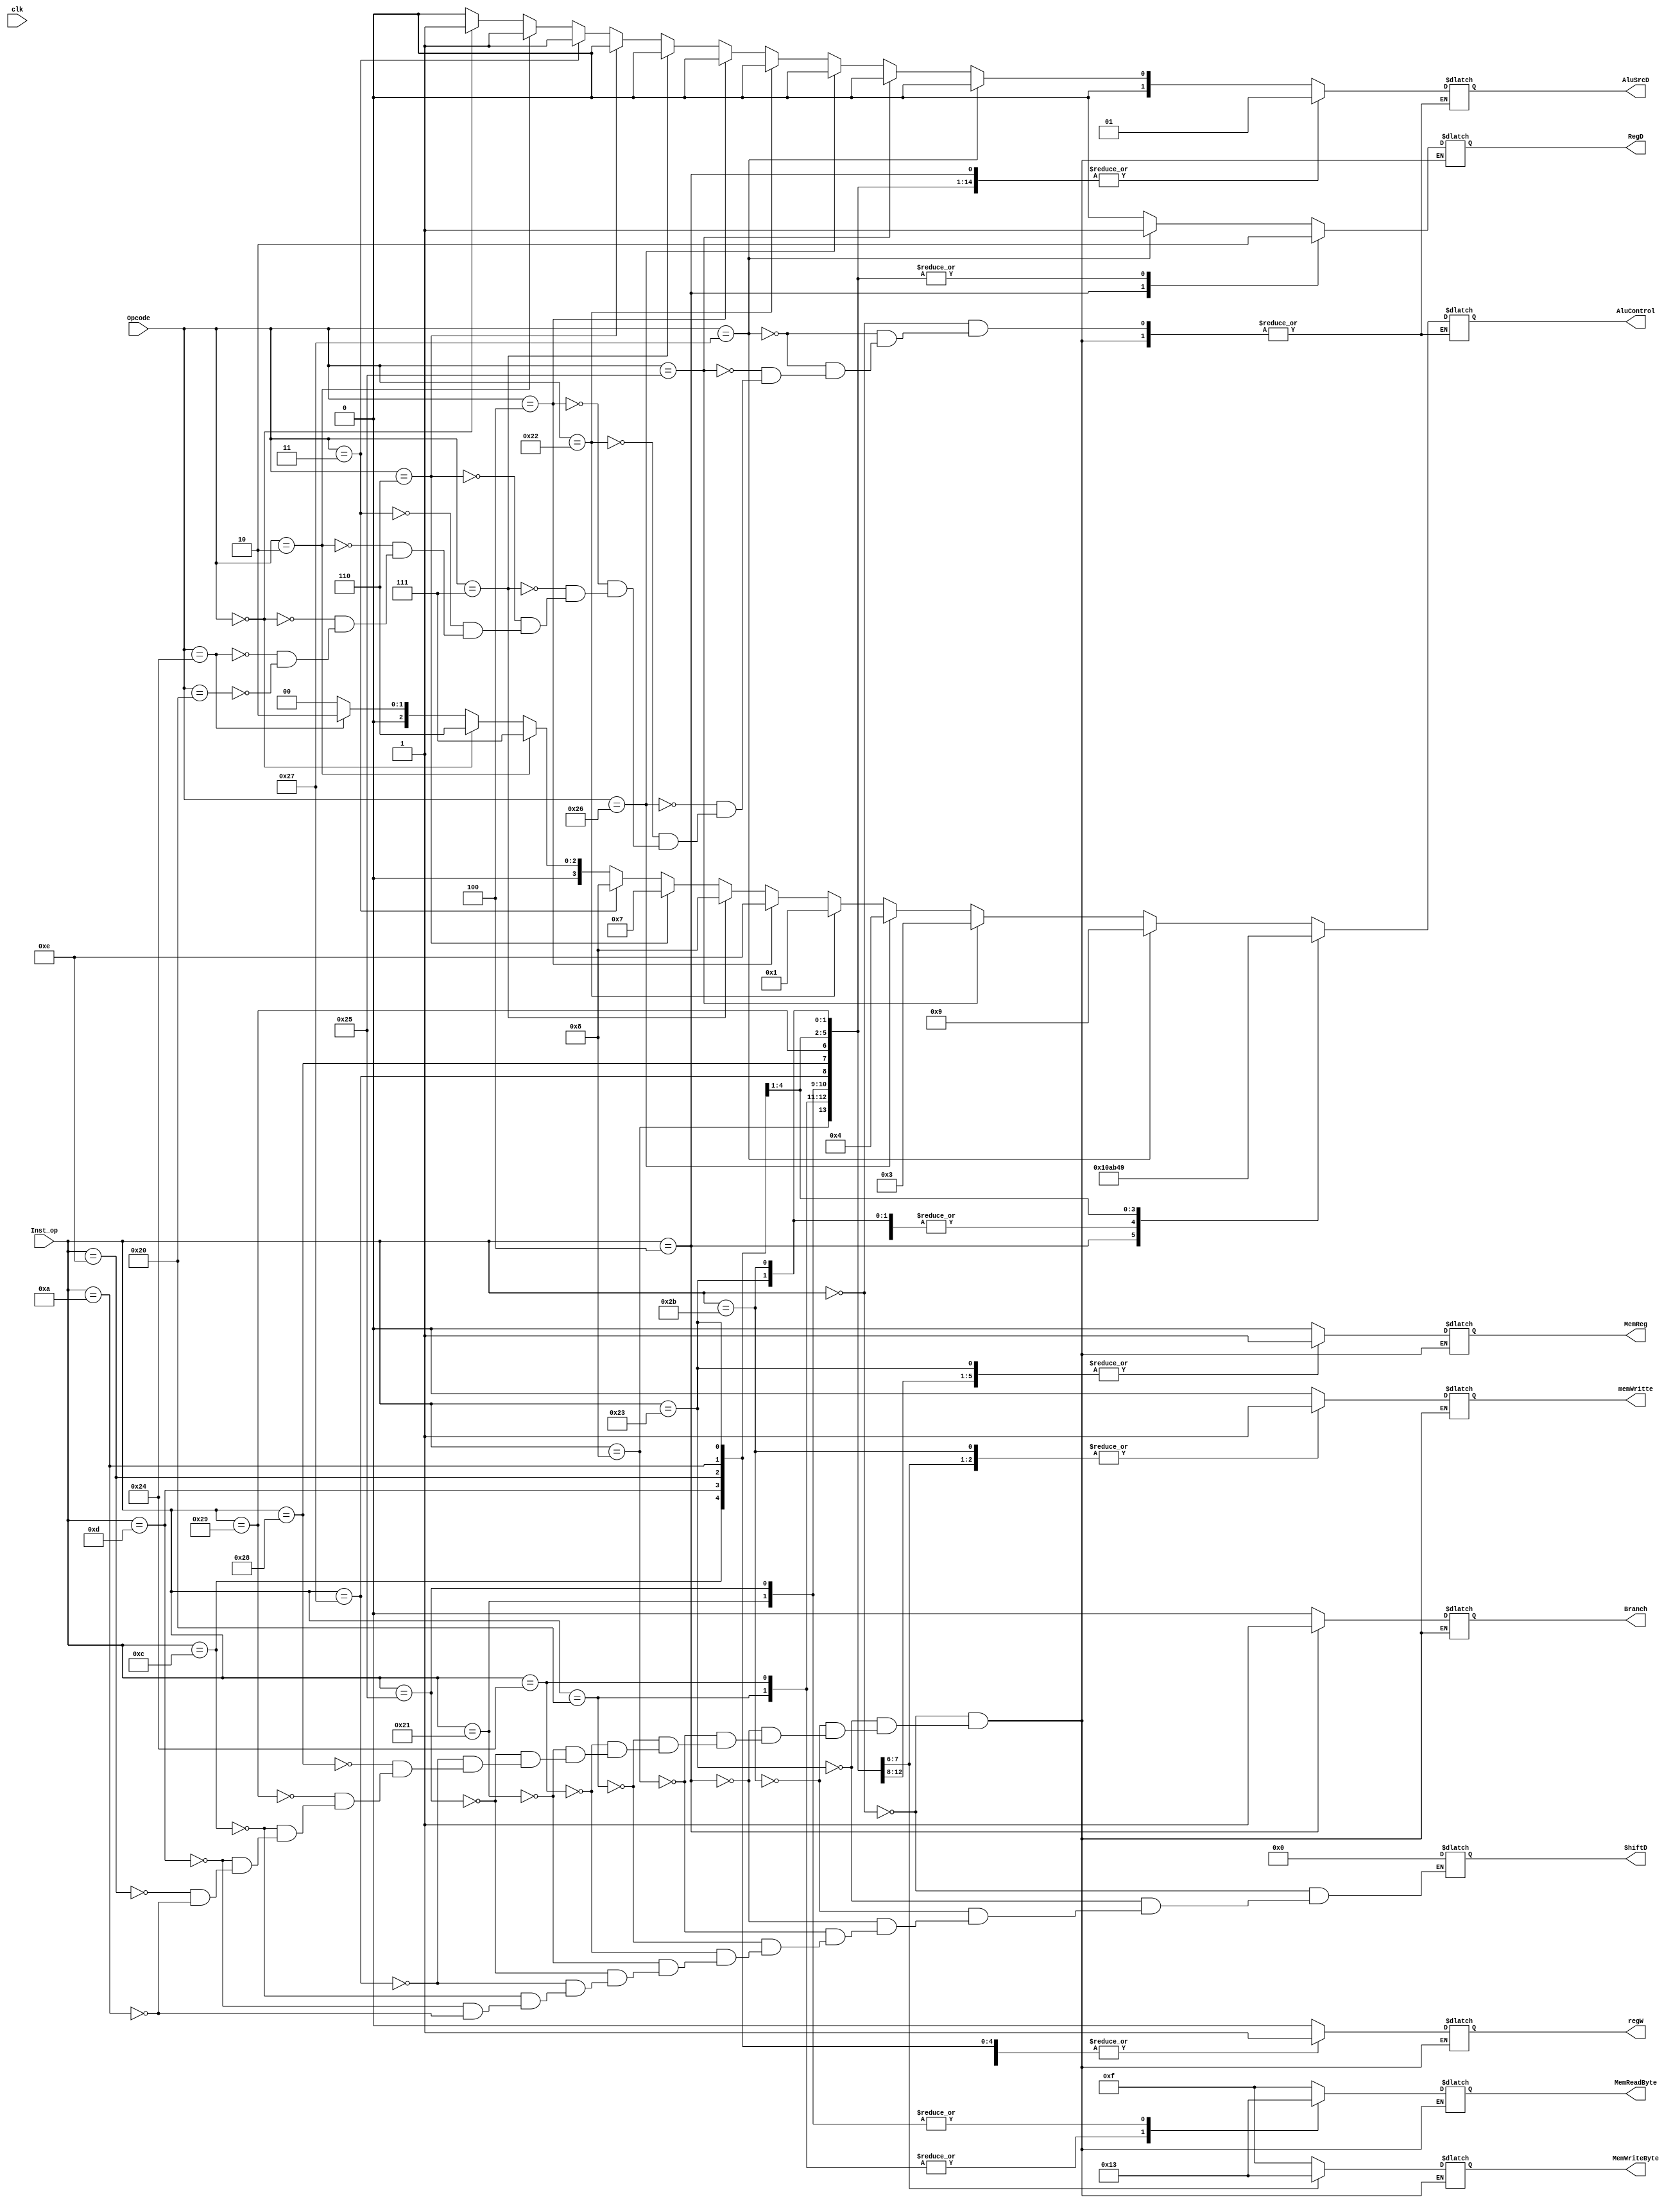
module controlalu(
	input wire [5:0]Opcode,
	input wire [5:0]Inst_op,
	input wire clk,
	output reg [3:0]AluControl,
	output reg regW,
	output reg MemReg,
	output reg memWritte,
	output reg Branch,
	output reg [1:0]AluSrcD,
	output reg RegD,				  //Esta seal la uso para ver que seal es la qe voy a usar para el WB.
	output reg [3:0]ShiftD,
	output reg [3:0]MemReadByte, //esta bandera la voy a usar para un modulo que este despues de la memoria para enmascarar 
										 //la salida de 32bits, y usar solo los necesarios. Como en LB que necesito solo 1 byte.
	output reg [3:0] MemWriteByte
	 );

//ADD (0000), SUB(0001), AND(0010), OR(0011), XOR(0100), NOR(0101), SLL(0110), SRL(0111), SRA(1000), SLT(1001)(SET ON LESS THAN, RESULTADO ES UNO SI EL A ES MENOR QUE B)

always @(*)
begin
	case(Inst_op)
		6'b 000000:							   //Operacion del tipo R
		begin				
						regW 				<= 0;
						RegD 				<= 0;
						Branch 			<= 0;
						memWritte 		<=	0;
						MemReg 			<= 0;
						MemReadByte 	<= 'b1111;
						MemWriteByte	<= 'b1111;
						ShiftD			<= 0;
						
						if(Opcode == 'b100000) //ADD
						begin
							AluControl 	<= 'b0000;
							AluSrcD 		<= 'b00;
						end
						if(Opcode == 'b100100) //AND
						begin
							AluControl 	<= 'b0010;
							AluSrcD 		<= 'b00;
						end
						if(Opcode == 'b000000) //SLL SHIFT LOGICAL LEFT
						begin
							AluControl <= 'b0110;
							AluSrcD <= 'b01;	  //Deberia llegar el shift por el inmediato, bit del 6 al 10 de la instruccion..
						end
						if(Opcode == 'b000010) //SRL SHIFT LOGICAL RIGHT
						begin
							AluControl 	<= 'b0111;
							AluSrcD 		<= 'b01;	  //Deberia llegar el shift por el inmediato bit del 6 al 10 de la instruccion.	
						end
						if(Opcode == 'b000011) //SRA SHIT ARITMETIC RIGHT
						begin
							AluControl 	<= 'b1000; 
							AluSrcD 		<= 'b01;	  //Se hace el shift con los bits 6 al 10 de la instruccion.
						end
						if(Opcode == 'b000110) //SRLV SHIFT LOGICAL RIGHT VARIABLE
						begin
							AluControl 	<= 'b0111;
							AluSrcD 		<= 'b00;	  //El shift se hace con el registro B
						end
						if(Opcode == 'b000111) //SRAV SHIFT ARITMETIC RIGHT VARIABLE
						begin
							AluControl 	<= 1000;
							AluSrcD 		<= 'b00;	  //El shift se hace con el registro B	
						end
						if(Opcode == 'b000100) //SLLV SHIFT LEFT WORD BY VARIABLE
						begin
							AluControl 	<= 0110;
							AluSrcD 		<= 'b00;	  //El shift se hace con el registro B.	
						end
						if(Opcode == 'b100010) //SUB 
						begin
							AluControl 	<= 'b0001;
							AluSrcD 		<= 'b00;	  //Con el registro B.	
						end
						if(Opcode == 'b100110) //XOR
						begin
							AluControl 	<= 'b0100;
							AluSrcD 		<= 'b00;	  //Con el registro B.
						end
						if(Opcode == 'b100101) //OR
						begin
							AluControl 	<= 'b0011;
							AluSrcD 		<= 'b00;		//Con el registro B
						end
						if(Opcode == 'b100111) //NOR
						begin
							AluControl 	<= 'b0101;
							AluSrcD 		<= 'b00;
						end
						if(Opcode == 'b100111) //SLT
						begin
							RegD		  	<= 1;
							AluControl 	<= 'b1001;
							AluSrcD 		<= 'b00;
						end
		end
		6'b 100011: 							//Operacion del tipo Load.
		begin
						regW 				<= 1;
						RegD 				<= 0;
						AluSrcD 			<= 'b01;
						Branch 			<= 0;
						memWritte 		<= 0;
						MemReg 			<= 1;
						MemReadByte 	<= 'b1111; //tengo que cargar toda la linea. 32 bits.
						MemWriteByte	<= 'b1111;
						ShiftD			<= 0; 
						AluControl 		<= 'b0000; //sumo
		end
		6'b 101011: 							//Operacion del tipo Storage.
		begin
						regW 				<= 0;
						RegD 				<= 0;
						AluSrcD 			<= 'b01;
						Branch 			<= 0;
						memWritte 		<= 1;
						MemReg 			<= 0;
						MemReadByte 	<= 'b1111;
						MemWriteByte	<= 'b1111;
						ShiftD			<= 0;
						AluControl 		<= 'b0000;
		end
		6'b 000100: 							//Operacion del tipo BEQ
		begin
						regW 				<= 0;
						RegD 				<= 1;
						AluSrcD 			<= 'b01;
						Branch 			<= 1;
						memWritte 		<= 0;
						MemReg 			<= 0;
						MemReadByte 	<= 'b1111;
						MemWriteByte	<= 'b1111;
						ShiftD			<= 0;
						AluControl 		<= 'b0001; //resto
		end
		6'b 001000:								//Operacion del tipo ADDI
		begin
						regW 				<= 1;
						RegD 				<= 0;
						AluSrcD 			<= 'b01;
						Branch 			<= 0;
						memWritte 		<= 0;
						MemReg 			<= 0;
						MemReadByte 	<= 'b1111;
						MemWriteByte	<= 'b1111;
						ShiftD			<= 0;
						AluControl 		<= 0000;
		end
		6'b 100000:								//Operacion LB, Load a Byte
		begin
						regW 				<= 1;
						RegD 				<= 0;
						AluSrcD 			<= 'b01;
						Branch 			<= 0;
						memWritte 		<= 0;
						MemReg 			<= 1;
						MemReadByte 	<= 'b0001;
						MemWriteByte	<= 'b1111;
						ShiftD			<= 0;
						AluControl 		<= 0000;
		end
		6'b 100100:								//Operacion LBU, Load Unsigned. Hay que tomarlo como el Load comun.
		begin
						regW 				<= 1;
						RegD 				<= 0;
						AluSrcD 			<= 'b01;
						Branch 			<= 0;
						memWritte 		<= 0;
						MemReg 			<= 1;
						MemReadByte 	<= 'b0001;
						MemWriteByte	<= 'b1111;
						ShiftD			<= 0;
						AluControl 		<= 0000;
		end
		6'b 100001:								//Operacion LH, Load a 2 Byte
		begin
						regW 				<= 1;
						RegD 				<= 0;
						AluSrcD 			<= 'b01;
						Branch 			<= 0;
						memWritte 		<= 0;
						MemReg 			<= 1;
						MemReadByte 	<= 'b0011;
						MemWriteByte	<= 'b1111;
						ShiftD			<= 0;
						AluControl 		<= 0000;
		end
		6'b 100101	:								//Operacion LHU, Load Unsigned. Hay que tomarlo como el Load comun.
		begin
						regW 				<= 1;
						RegD 				<= 0;
						AluSrcD 			<= 'b01;
						Branch 			<= 0;
						memWritte 		<= 0;
						MemReg 			<= 1;
						MemReadByte 	<= 'b0011;
						MemWriteByte	<= 'b1111;
						ShiftD			<= 0;
						AluControl 		<= 0000;
		end
		6'b 100111:								//Operacion LWU, Load Unsigned. Hay que tomarlo como el Load comun.
		begin
						regW 				<= 1;
						RegD 				<= 0;
						AluSrcD 			<= 'b01;
						Branch 			<= 0;
						memWritte 		<= 0;
						MemReg 			<= 1;
						MemReadByte 	<= 'b1111;
						MemWriteByte	<= 'b1111;
						ShiftD			<= 0;
						AluControl 		<= 0000;
		end
		6'b 101000:								//Operacion SU.
		begin
						regW 				<= 0;
						RegD 				<= 0;
						AluSrcD 			<= 'b01;
						Branch 			<= 0;
						memWritte 		<= 1;
						MemReg 			<= 0;
						MemReadByte 	<= 'b1111;
						MemWriteByte	<= 'b0001;
						ShiftF			<= 0;
						AluControl 		<= 0000;
		end
		6'b 101001:								//Operacion SH
		begin
						regW 				<= 0;
						RegD 				<= 0;
						AluSrcD 			<= 'b01;
						Branch 			<= 0;
						memWritte 		<= 1;
						MemReg 			<= 0;
						MemReadByte 	<= 'b1111;
						MemWriteByte	<= 'b0011;
						ShiftF			<= 0;
						AluControl 		<= 0000;
		end
		6'b 001100:								//Operacion ANDI.
		begin
						regW 				<= 1;
						RegD 				<= 0;
						AluSrcD 			<= 'b01;
						Branch 			<= 0;
						memWritte 		<= 0;
						MemReg 			<= 0;
						MemReadByte 	<= 'b1111;
						MemWriteByte	<= 'b1111;
						ShiftD			<= 0;
						AluControl 		<= 0010;
		end
		6'b 001101:								//Operacion ORI.
		begin
						regW 				<= 1;
						RegD 				<= 0;
						AluSrcD 			<= 'b01;
						Branch 			<= 0;
						memWritte 		<= 0;
						MemReg 			<= 0;
						MemReadByte 	<= 'b1111;
						MemWriteByte	<= 'b1111;
						ShiftD			<=	0;
						AluControl 		<= 0011;
		end		
		6'b 001110:								//Operacion XORI.
		begin
						regW 				<= 1;
						RegD 				<= 0;
						AluSrcD 			<= 'b01;
						Branch 			<= 0;
						memWritte 		<= 0;
						MemReg 			<= 0;
						MemReadByte 	<= 'b1111;
						MemWriteByte	<= 'b1111;
						ShiftF			<=	0;
						AluControl 		<= 0100;
		end
		6'b 001100:								//Operacion LUI. 
		begin
						regW 				<= 1;
						RegD 				<= 0;
						AluSrcD 			<= 'b01;
						Branch 			<= 0;
						memWritte 		<= 0;
						MemReg 			<= 1;
						MemReadByte 	<= 'b1111;
						MemWriteByte	<= 'b1111;
						ShiftD			<=  16; 
						AluControl 		<= 0110; //SLL
		end
		6'b 001010:								//Operacion SLTI. 
		begin
						regW 				<= 1;
						RegD 				<= 0;
						AluSrcD 			<= 'b01;
						Branch 			<= 0;
						memWritte 		<= 0;
						MemReg 			<= 0;
						MemReadByte 	<= 'b1111;
						MemWriteByte	<= 'b1111;
						ShiftD			<=  0; 
						AluControl 		<= 1001; //SLT		
		end
		6'b 001010:								//Operacion BNE. 
		begin
						regW 				<= 0;
						RegD 				<= 1;
						AluSrcD 			<= 'b01;
						Branch 			<= 1;
						memWritte 		<= 0;
						MemReg 			<= 0;
						MemReadByte 	<= 'b1111;
						MemWriteByte	<= 'b1111;
						ShiftD			<=  0; 
						AluControl 		<= 0001; //SLT		
		end
		
	endcase
end


endmodule